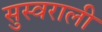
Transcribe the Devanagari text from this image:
सुस्वराली